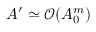
A ^ { \prime } \simeq \mathcal { O } ( A _ { 0 } ^ { m } )